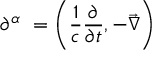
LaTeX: \partial ^ { \alpha } \ = \left( { \frac { 1 } { c } } { \frac { \partial } { \partial t } } , - { \vec { \nabla } } \right)